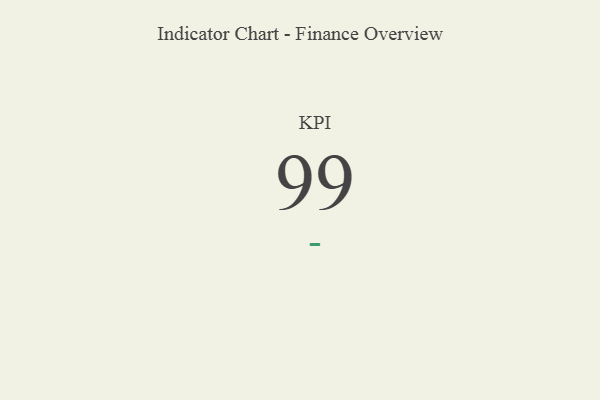
{"axis": {"x": "KPI", "y": "Value"}, "legend": [""], "data": [{"x": "KPI", "y": 99, "type": ""}]}